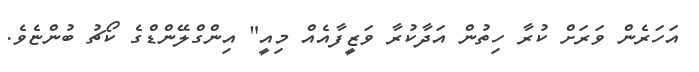
އަހަރެން ވަރަށް ކުރާ ހިތުން އަދާކުރާ ވަޒީފާއެއް މިއީ" އިންގްލޭންޑްގެ ކޯޗު ބުންޏެވެ.